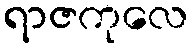
ရာဇကုလေ